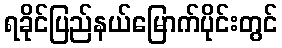
ရခိုင်ပြည်နယ်မြောက်ပိုင်းတွင်